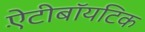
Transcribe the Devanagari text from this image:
ऐंटीबॉयटिक